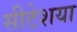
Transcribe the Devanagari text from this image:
सीटेशया